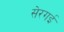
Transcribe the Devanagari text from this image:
सेरगई